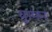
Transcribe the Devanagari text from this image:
युग्‍मन